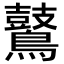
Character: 𪇀